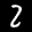
Label: 2